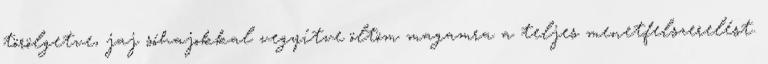
törölgetve, jaj sóhajokkal vegyítve öltöm magamra a teljes menetfelszerelést.